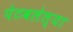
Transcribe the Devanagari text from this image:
पेटवलेल्या